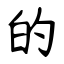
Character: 的